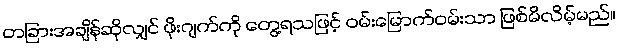
တခြားအချိန်ဆိုလျှင် ဖိုးဂျက်ကို တွေ့ရသဖြင့် ဝမ်းမြောက်ဝမ်းသာ ဖြစ်မိလိမ့်မည်။